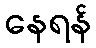
နေရန်